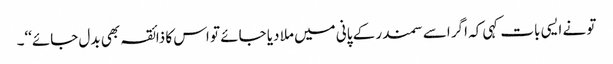
تو نے ایسی بات کہی کہ اگر اسے سمندر کے پانی میں ملا دیا جائے تو اس کا ذائقہ بھی بدل جائے‘‘۔